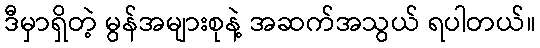
ဒီမှာရှိတဲ့ မွန်အများစုနဲ့ အဆက်အသွယ် ရပါတယ်။